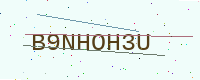
Text: B9NHOH3U